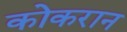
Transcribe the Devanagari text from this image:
कोकरान